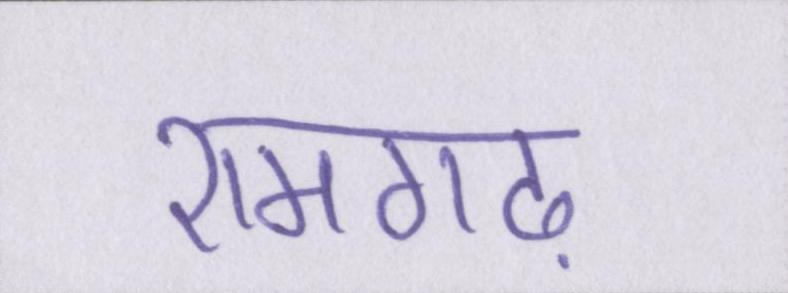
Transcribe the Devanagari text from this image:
रामगढ़